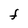
Character: F